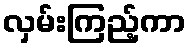
လှမ်းကြည့်ကာ